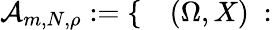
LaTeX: \begin{array}{rl}{\mathcal A_{m,N,\rho}:=\{ }&{{}(\Omega,X)\ :}\end{array}